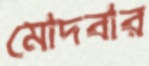
মোদবার